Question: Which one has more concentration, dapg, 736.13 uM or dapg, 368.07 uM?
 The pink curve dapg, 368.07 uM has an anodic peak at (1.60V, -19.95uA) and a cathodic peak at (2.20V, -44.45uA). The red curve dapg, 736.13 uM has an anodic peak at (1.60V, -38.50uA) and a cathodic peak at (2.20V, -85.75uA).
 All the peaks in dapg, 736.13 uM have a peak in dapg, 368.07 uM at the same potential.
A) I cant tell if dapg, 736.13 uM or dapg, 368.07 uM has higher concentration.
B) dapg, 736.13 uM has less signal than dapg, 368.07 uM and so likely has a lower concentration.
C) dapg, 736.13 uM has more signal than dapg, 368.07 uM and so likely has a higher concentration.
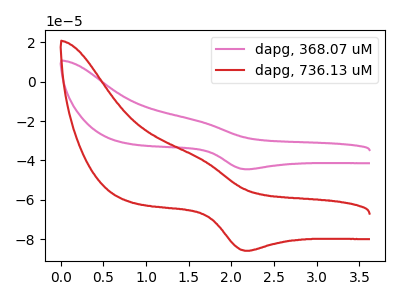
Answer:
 <answer>A) I cant tell if "dapg, 736.13 uM" or "dapg, 368.07 uM" has higher concentration.</answer>
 <eval>A</eval>